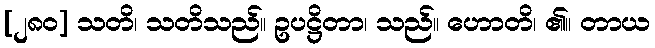
[၂၈၀] သတိ၊ သတိသည်။ ဥပဋ္ဌိတာ၊ သည်။ ဟောတိ၊ ၏။ တာယ